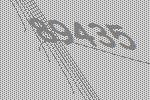
89435